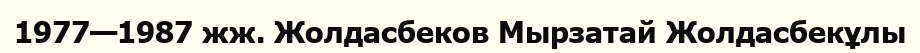
1977—1987 жж. Жолдасбеков Мырзатай Жолдасбекұлы